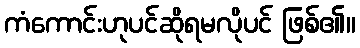
ကံကောင်းဟုပင်ဆိုရမလိုပင် ဖြစ်၏။